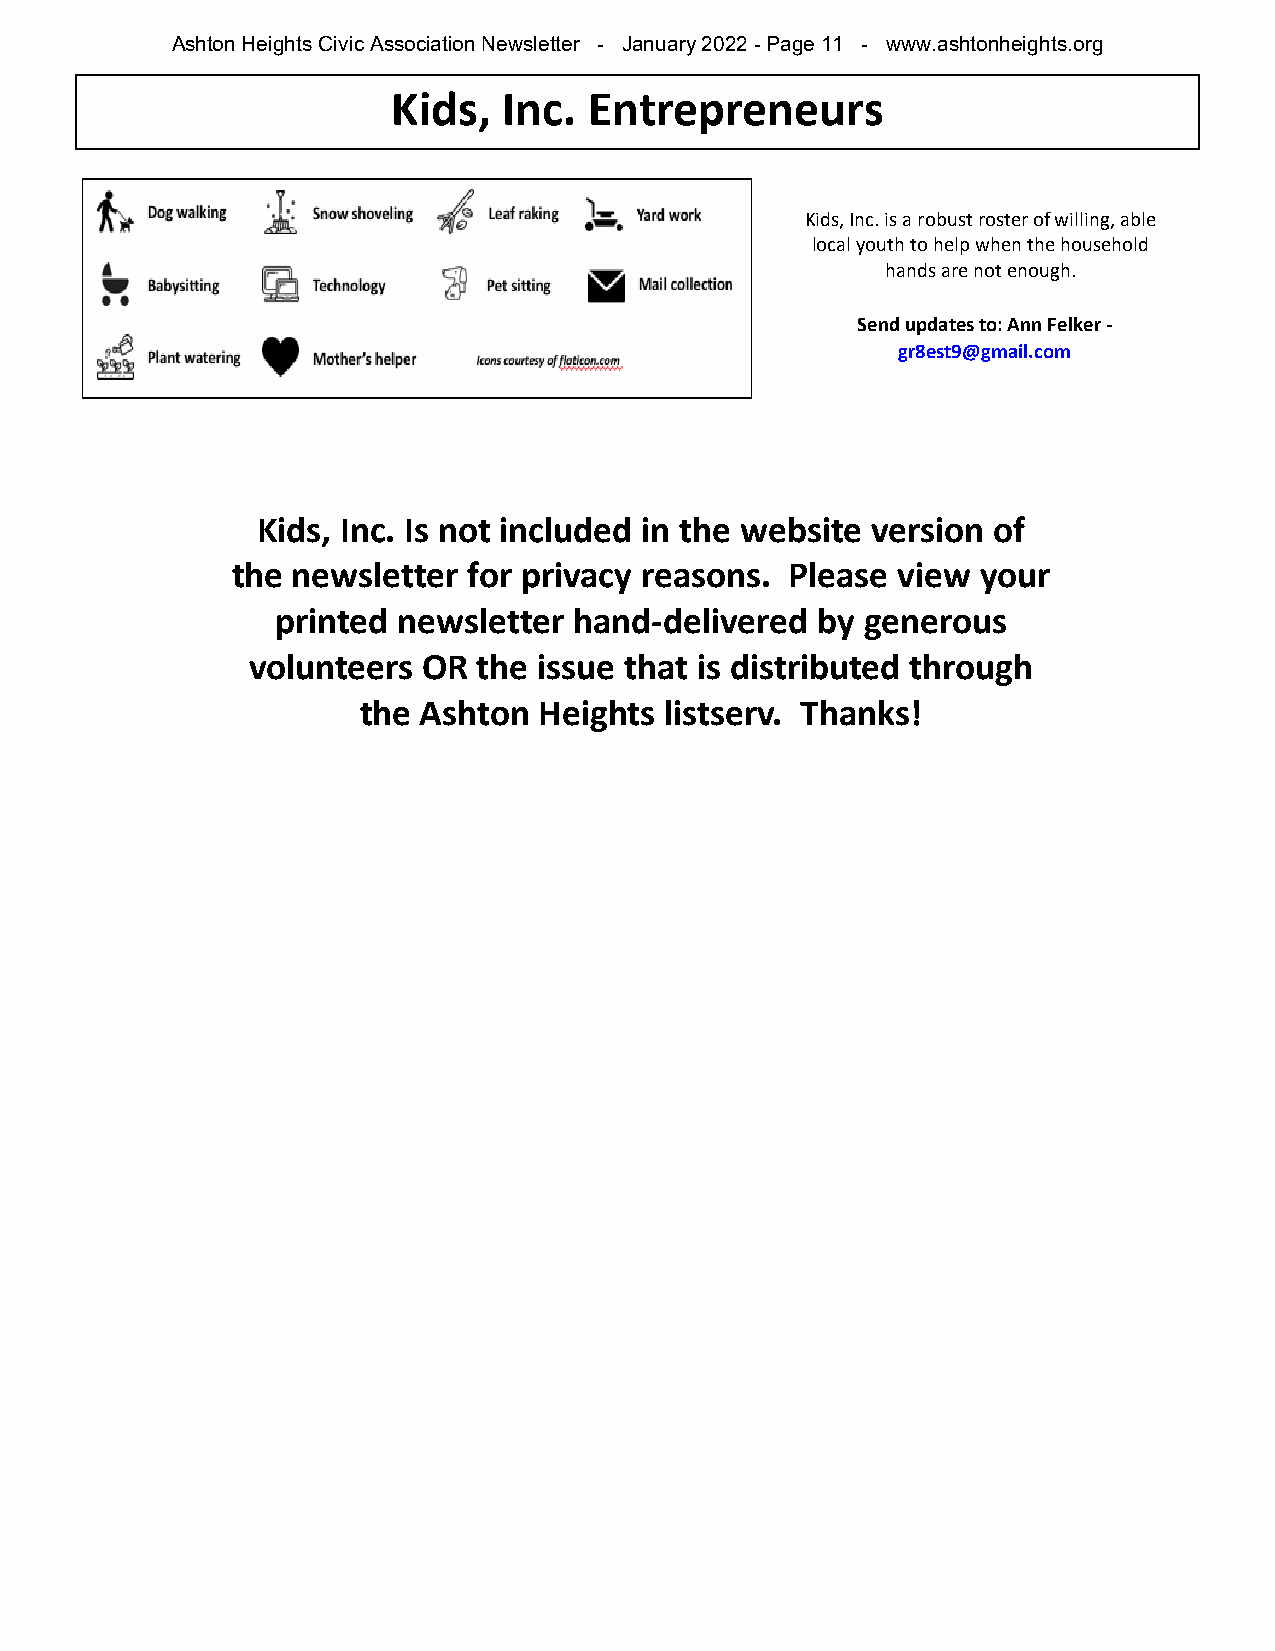
Ashton Heights Civic Association Newsletter - January 2022 - Page 11 - www.ashtonheights.org
 Kids,  Inc.  Entrepreneurs
 Kids, Inc. is a robust roster of willing, able
 local youth to help when the household
 hands are not enough.
 Send updates to: Ann Felker -
 gr8est9@gmail.com
 Kids, Inc. Is not included in the website version of
 the newsletter  for privacy reasons. Please view  your
 printed newsletter  hand-delivered  by generous
 volunteers  OR  the issue that is distributed through
 the Ashton  Heights listserv. Thanks!